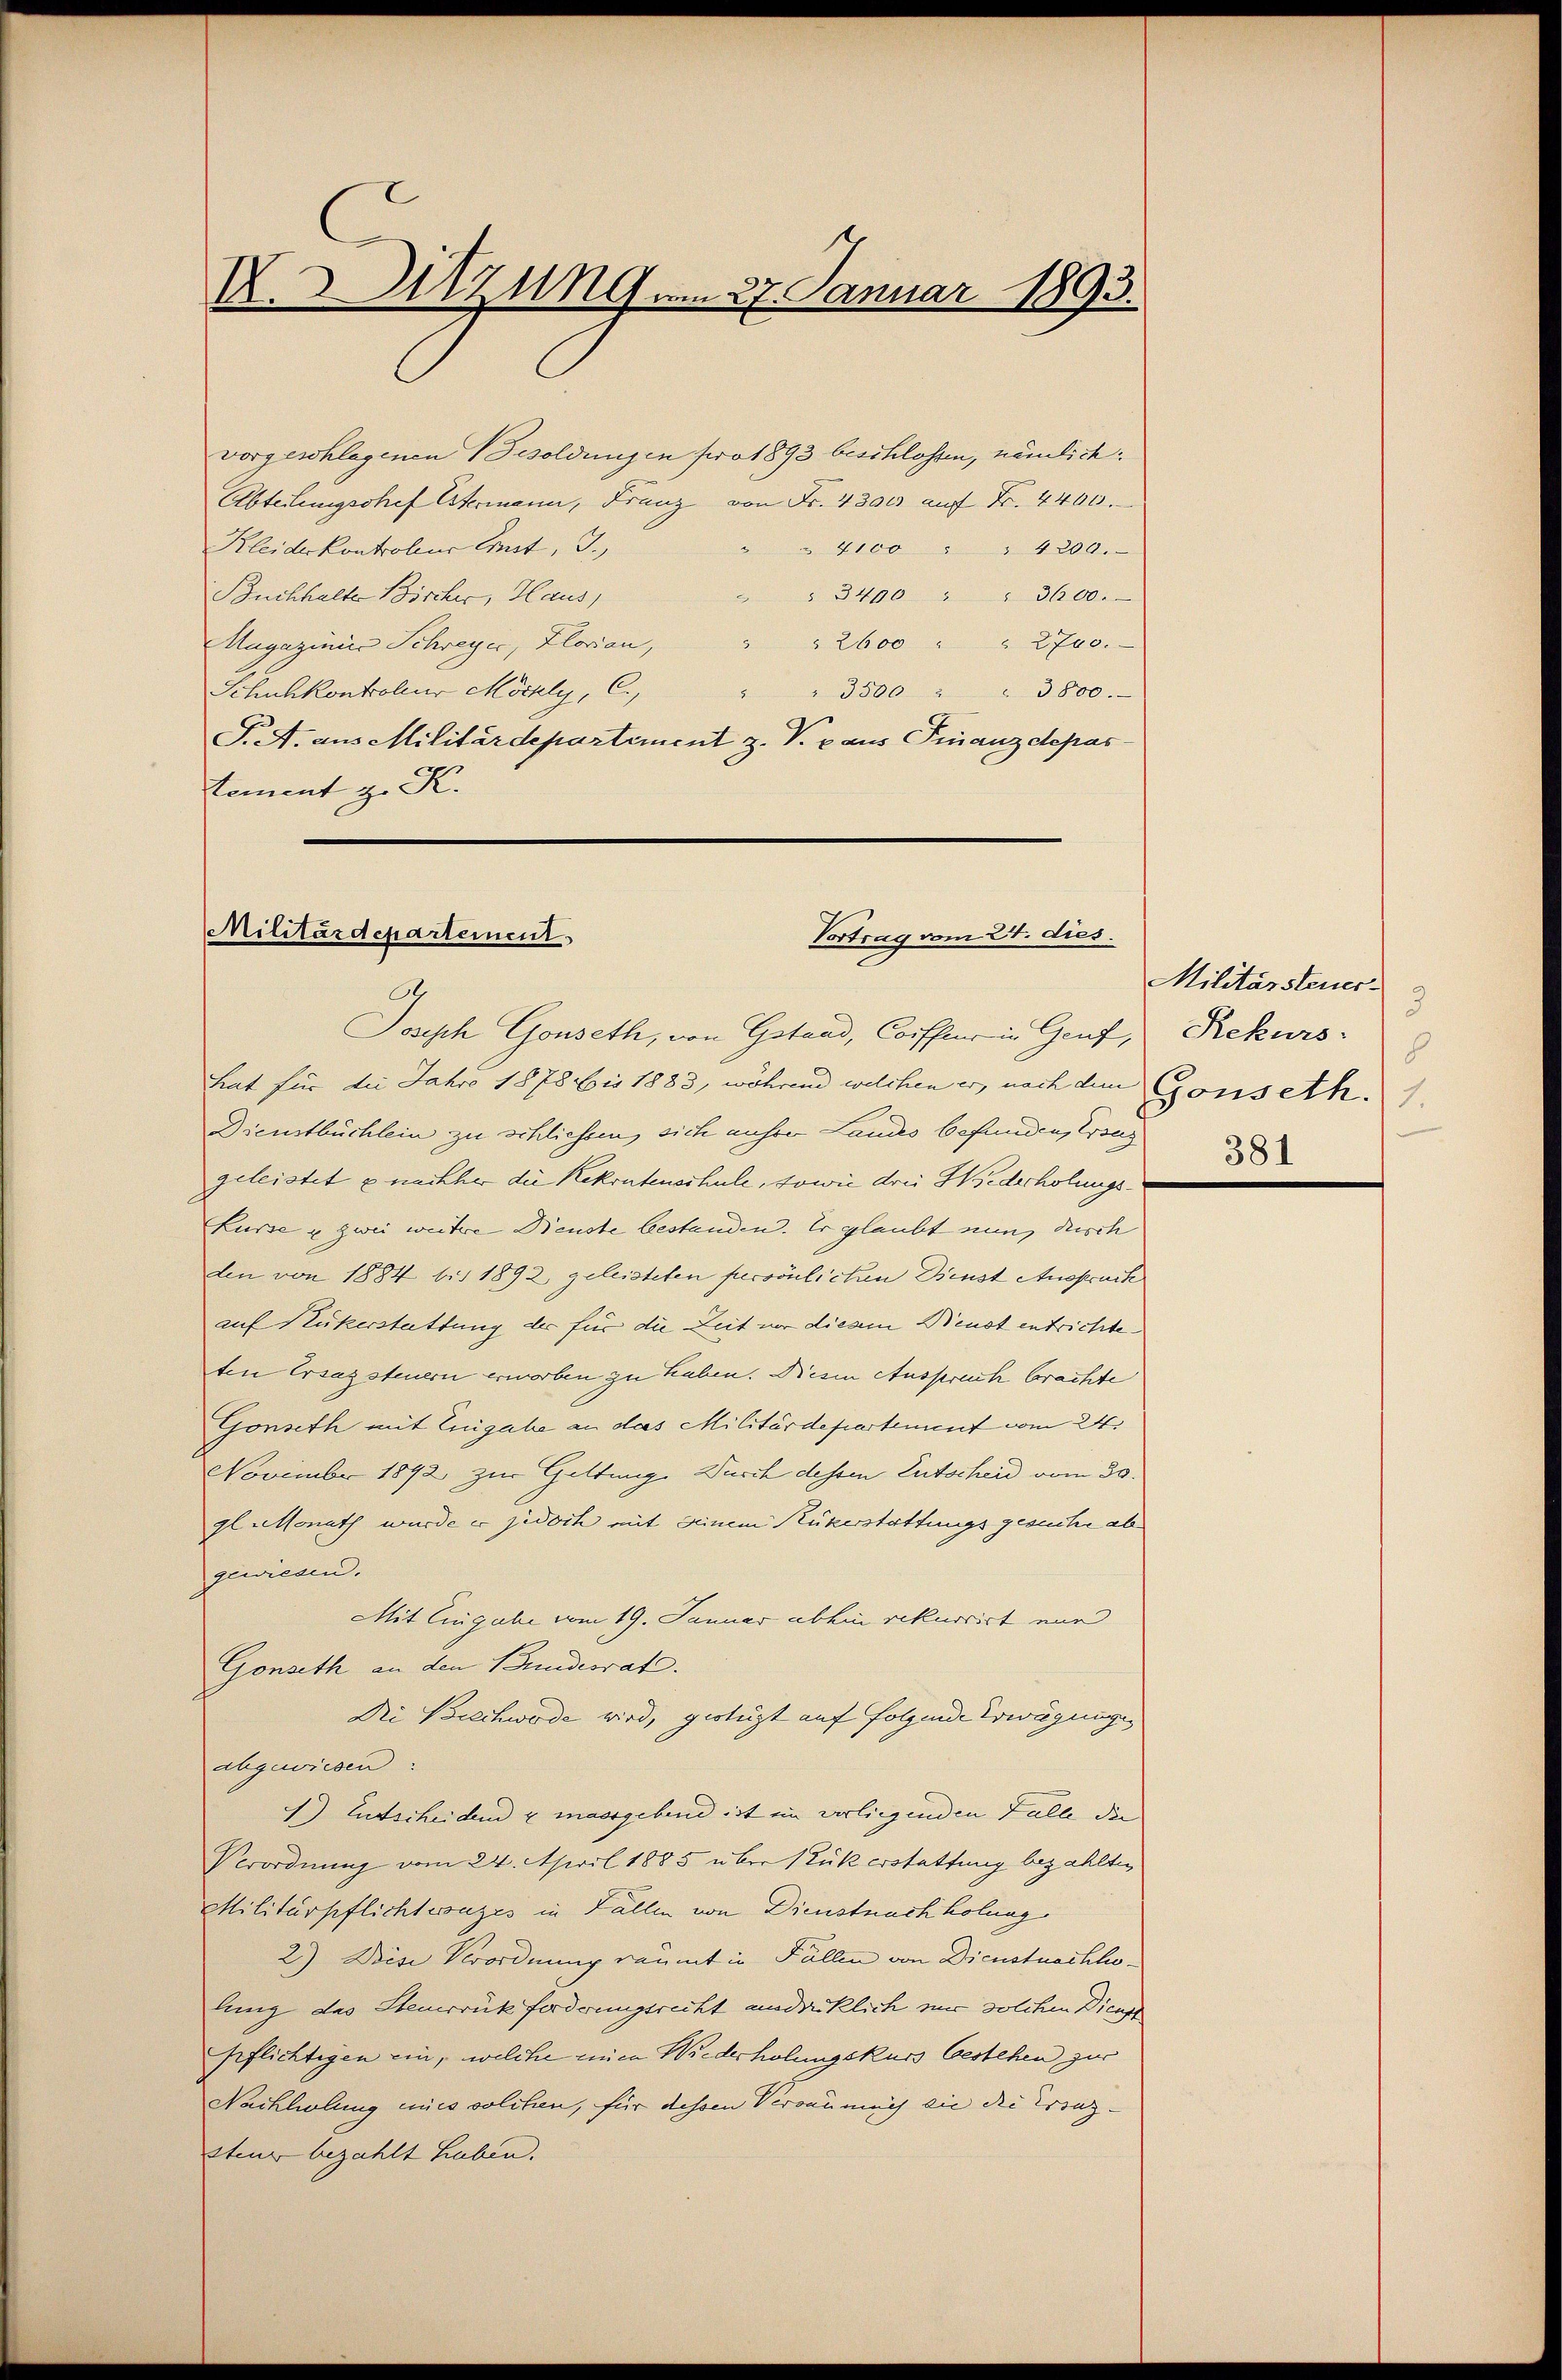
X.Utzung am 27. Januar 1893.

Militärdepartement
Vortrag vom 27. dies
.

vorgeschlagenen Besoldungen pro 1893 beschlossen, nämlich
Abteilungschef Stermann, Franz von Fr. 4300 auf Fr. 4400.
Kleiderkontroler Gut, I.
4100
" 4200.
Buchhalte Bircher, Haus,
 " 3490 " " 3600.
" " 2600 " " 2700.
Uugazinis Schreyer, Florian,
Schuhkontroleur Möchly, C.
3500 " " 3800.
P.A. aus Militärdepartement z. V. p. aus Finanzdepas
tement z. K.

Joseph Gonseth, von Gstand, Coiffer in Genf,
hat für die Jahre 1878 bis 1883, während welchen er, nach dem Gonseth.
Dienstbüchlein zu schliessen, sich unsrer Landes befunden, trang
geleistet & nachher die Rekrutenschule, sowie drei Wiederholungs¬
Lurze u zwei weitere Dienste bestanden. Er glaubt nun, durch
Aen von 1884 bis 1892 geleisteten persönlichen Dienst Anspruch
auf Rükerstattung der für die Zeit vor diesem Dienst entrichte
ten Ersatzsteuern erworben zu haben. Diesen Auspruch brachte
Gonseth mit Eingabe an das Militärdepartement vom 24.
November 1892 zur Geltung Durch dessen Entscheid vom 30.
gl. Monath wurde er jedoch mit seinem Rükerstattungsgesuche abgewiesen.
Mit Eingabe vom 19. Januar abhin rekurrirt ein
Gonseth an den Bundesrat.
Die Brechwode wird, gestüzt auf folgende Erwägunge
abgewiesen:
1) Entscheiden & massgebend ist im verliegenden Falle die
Verordnung vom 24. April 1885 über (Luk erstattung bezahlten
Militärpflichtwonzes in Fällen von Dienstnachholung
2.) Diese Verordnung räumt in Fällen von Dienstnachholung das Steuerrückforderungsrecht ausdrücklich mir solchen Dicast
pflichtigen ein, welche einen Wiederholungskurs bestehen zur
Nachliolung eines solchen, für diesem Versau mich die die Kranz-
steur bezahlt haben.

Militärsteuer
3
Rekurs
8